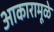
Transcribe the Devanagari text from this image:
आकारामूळे